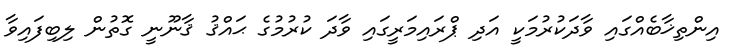
އިންތިޚާބެއްގައި ވާދަކުރުމަކީ އަދި ޕްރައިމަރީގައި ވާދަ ކުރުމުގެ ޙައްޤު ޤާނޫނީ ގޮތުން ލިބިފައިވާ